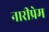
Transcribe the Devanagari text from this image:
नारीप्रेम